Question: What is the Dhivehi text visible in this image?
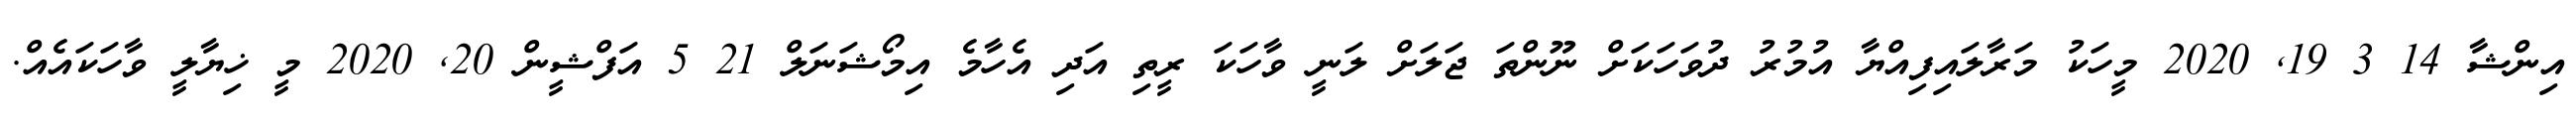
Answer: އިންޝާ 14 3 19, 2020 މީހަކު މަރާލައިފިއްޔާ އުމުރު ދުވަހަކަށް ނޫންތަ ޖަލަށް ލަނީ ވާހަކަ ރީތި އަދި އެހާމެ އިމޯޝަނަލް 21 5 އަފްޝީން 20, 2020 މީ ޚިޔާލީ ވާހަކައެއް.